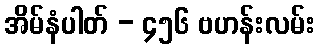
အိမ်နံပါတ် - ၄၅၆ ဗဟန်းလမ်း